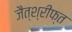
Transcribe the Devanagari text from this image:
जैत्श्रीफ्त